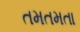
તમતમતા